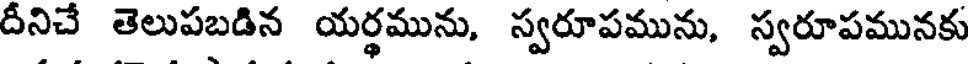
దీనిచే తెలుపబడిన యర్థమును, స్వరూపమును, స్వరూపమునకు